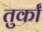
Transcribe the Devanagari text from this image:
तुर्कां